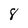
Character: 8